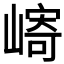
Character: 𫶓